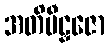
အတိမီဠှဇော